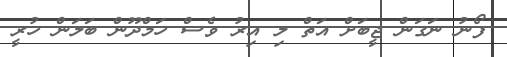
ފޯނު ނަގަން ޖީބަށް އަތް ލި އިރު ވެސް ހަމްދޫން ބަލަން ހުރީ